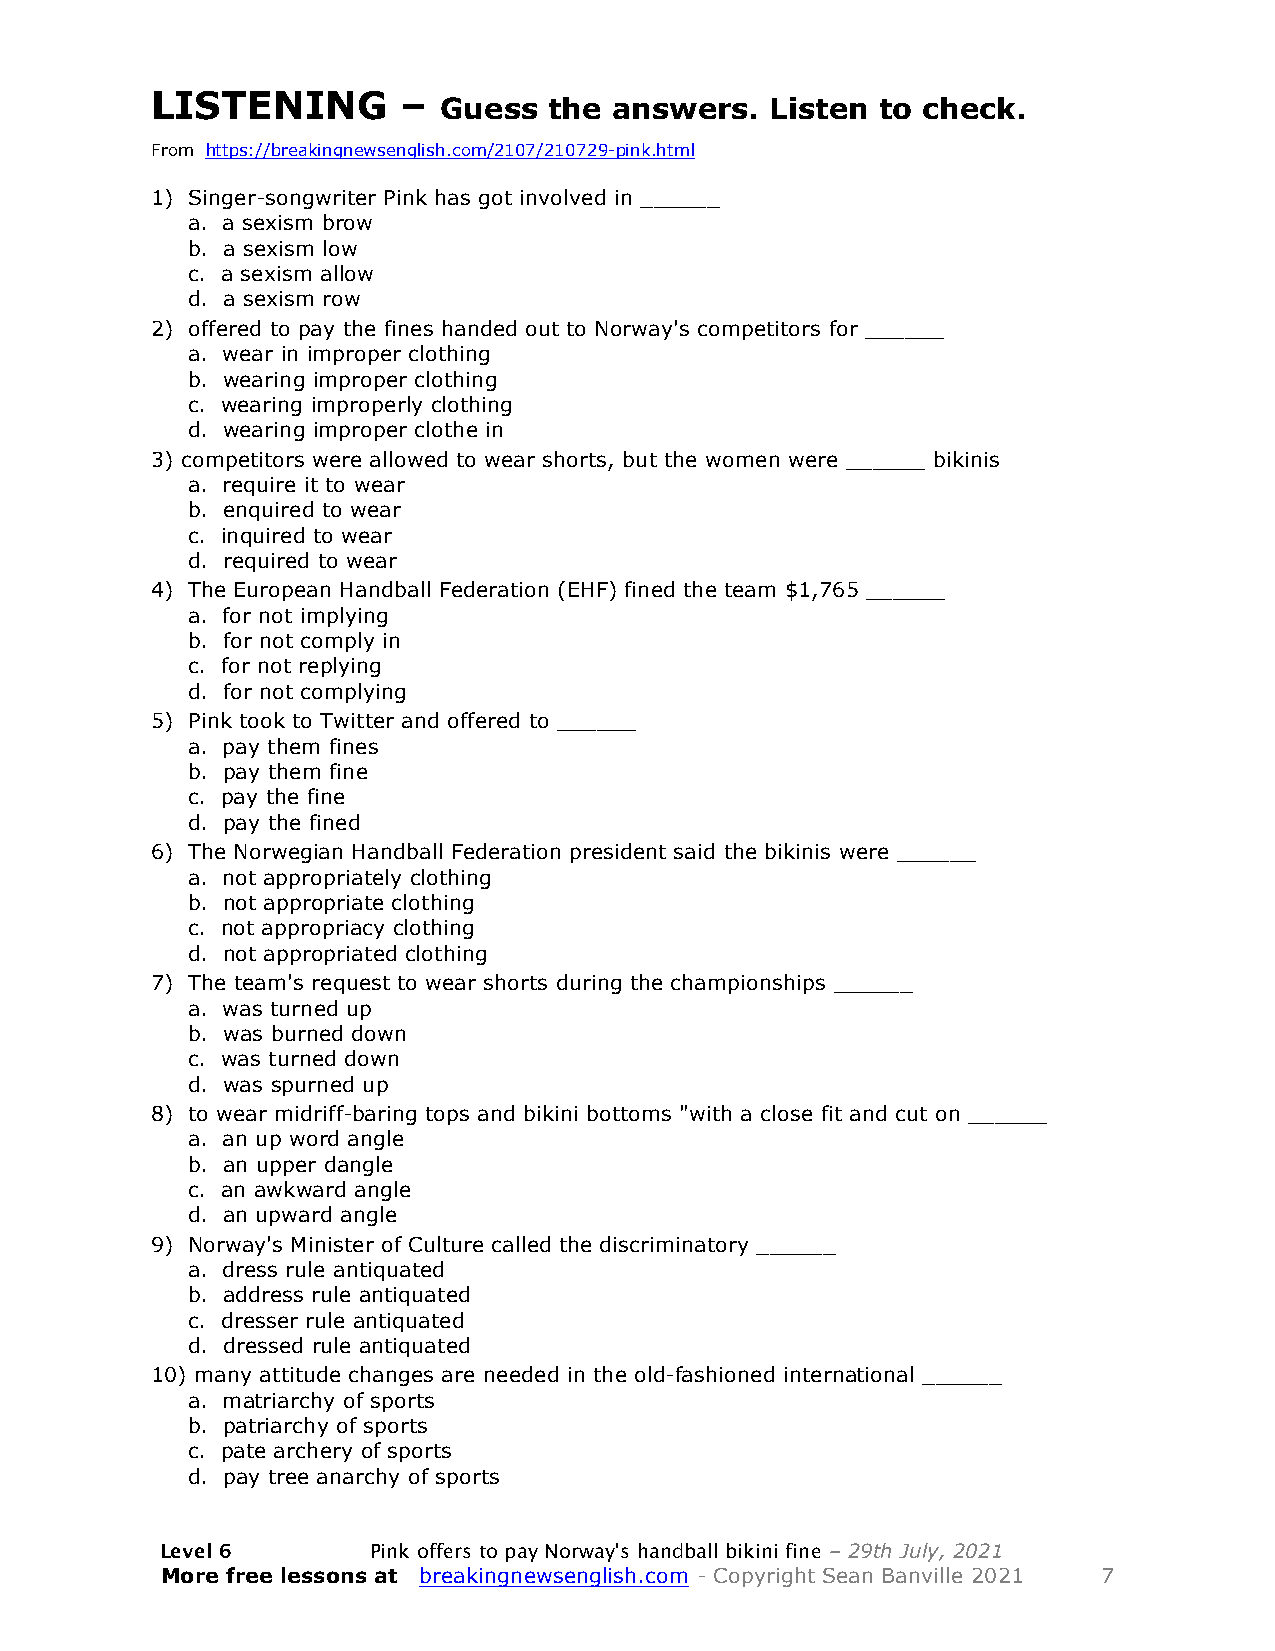
LISTENING        –
 Guess  the answers.   Listen to check.
 From https://breakingnewsenglish.com/2107/210729-pink.html
 1) Singer-songwriter Pink has got involved in ______
 a. a sexism brow
 b. a sexism low
 c. a sexism allow
 d. a sexism row
 2) offered to pay the fines handed out to Norway's competitors for ______
 a. wear in improper clothing
 b. wearing improper clothing
 c. wearing improperly clothing
 d. wearing improper clothe in
 3) competitors were allowed to wear shorts, but the women were ______ bikinis
 a. require it to wear
 b. enquired to wear
 c. inquired to wear
 d. required to wear
 4) The European Handball Federation (EHF) fined the team $1,765 ______
 a. for not implying
 b. for not comply in
 c. for not replying
 d. for not complying
 5) Pink took to Twitter and offered to ______
 a. pay them fines
 b. pay them fine
 c. pay the fine
 d. pay the fined
 6) The Norwegian Handball Federation president said the bikinis were ______
 a. not appropriately clothing
 b. not appropriate clothing
 c. not appropriacy clothing
 d. not appropriated clothing
 7) The team's request to wear shorts during the championships ______
 a. was turned up
 b. was burned down
 c. was turned down
 d. was spurned up
 8) to wear midriff-baring tops and bikini bottoms "with a close fit and cut on ______
 a. an up word angle
 b. an upper dangle
 c. an awkward angle
 d. an upward angle
 9) Norway's Minister of Culture called the discriminatory ______
 a. dress rule antiquated
 b. address rule antiquated
 c. dresser rule antiquated
 d. dressed rule antiquated
 10) many attitude changes are needed in the old-fashioned international ______
 a. matriarchy of sports
 b. patriarchy of sports
 c. pate archery of sports
 d. pay tree anarchy of sports
 Level 6      Pink offers to pay Norway's handball bikini fine – 29th July, 2021
 More free lessons at breakingnewsenglish.com - Copyright Sean Banville 2021 7